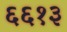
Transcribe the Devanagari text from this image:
६६१३